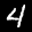
Label: 4